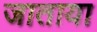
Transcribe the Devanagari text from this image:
जाताया